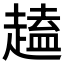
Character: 𫎽